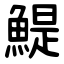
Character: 鯷